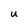
Character: u